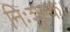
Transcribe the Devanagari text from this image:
निःशुल्क।